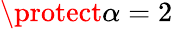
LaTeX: \protect\alpha=2